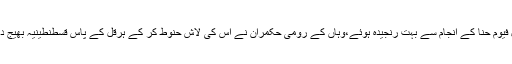
اہل فیوم حنّا کے انجام سے بہت رنجیدہ ہوئے،وہاں کے رومی حکمران نے اس کی لاش حنوط کر کے ہرقل کے پاس قسطنطینیہ بھیج دی۔